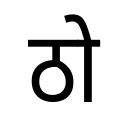
OCR:
ठो